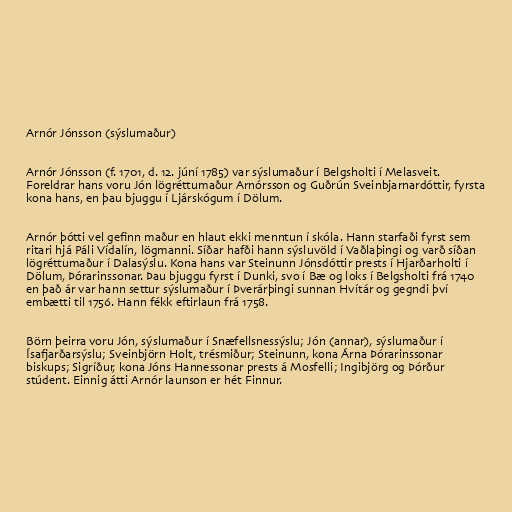
Arnór Jónsson (sýslumaður)

Arnór Jónsson (f. 1701, d. 12. júní 1785) var sýslumaður í Belgsholti í Melasveit.
Foreldrar hans voru Jón lögréttumaður Arnórsson og Guðrún Sveinbjarnardóttir, fyrsta
kona hans, en þau bjuggu í Ljárskógum í Dölum.

Arnór þótti vel gefinn maður en hlaut ekki menntun í skóla. Hann starfaði fyrst sem
ritari hjá Páli Vídalín, lögmanni. Síðar hafði hann sýsluvöld í Vaðlaþingi og varð síðan
lögréttumaður í Dalasýslu. Kona hans var Steinunn Jónsdóttir prests í Hjarðarholti í
Dölum, Þórarinssonar. Þau bjuggu fyrst í Dunki, svo í Bæ og loks í Belgsholti frá 1740
en það ár var hann settur sýslumaður í Þverárþingi sunnan Hvítár og gegndi því
embætti til 1756. Hann fékk eftirlaun frá 1758.

Börn þeirra voru Jón, sýslumaður í Snæfellsnessýslu; Jón (annar), sýslumaður í
Ísafjarðarsýslu; Sveinbjörn Holt, trésmiður; Steinunn, kona Árna Þórarinssonar
biskups; Sigríður, kona Jóns Hannessonar prests á Mosfelli; Ingibjörg og Þórður
stúdent. Einnig átti Arnór launson er hét Finnur.